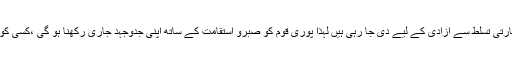
انھوں نے کہا کہ قربانیاں سیاسی یا معاشی مراعات کے حصول کیلئے نہیں بلکہ بھارتی تسلط سے آزادی کے لیے دی جا رہی ہیں لہذا پوری قوم کو صبرو استقامت کے ساتھ اپنی جدوجہد جاری رکھنا ہو گی ،کسی کو بھی عظیم قربانیانیوں کے ساتھ کھلواڑ کرنے کی ہرگز اجازت نہیں دی جائے گی۔